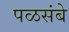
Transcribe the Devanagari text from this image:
पळसंबे